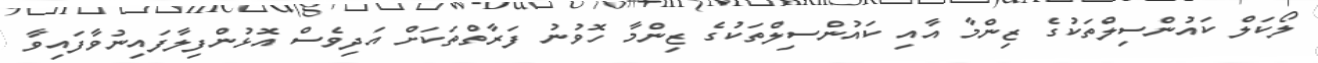
ލޯކަލް ކައުންސިލްތަކުގެ ޒިންމާ އާއި ކައުންސިލްތަކުގެ ޒިންމާ ހޮވުނު ފަރާތްތަކަށް އަދިވެސް އޮޅުންފިލާފައިނުވާފައިވާ